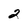
Character: 2